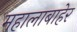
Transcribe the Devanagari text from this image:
महालाबाहेर